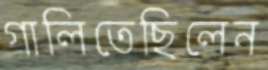
গালিতেছিলেন